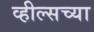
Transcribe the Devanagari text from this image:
व्हील्सच्या